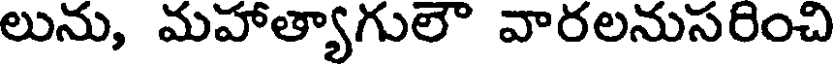
లును, మహాత్యాగులౌ వారలనుసరించి